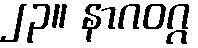
၂၃။ နာဂဝဂ္ဂ